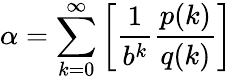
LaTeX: \alpha=\sum_{k=0}^{\infty}\left[{\frac{1}{b^{k}}}{\frac{p(k)}{q(k)}}\right]